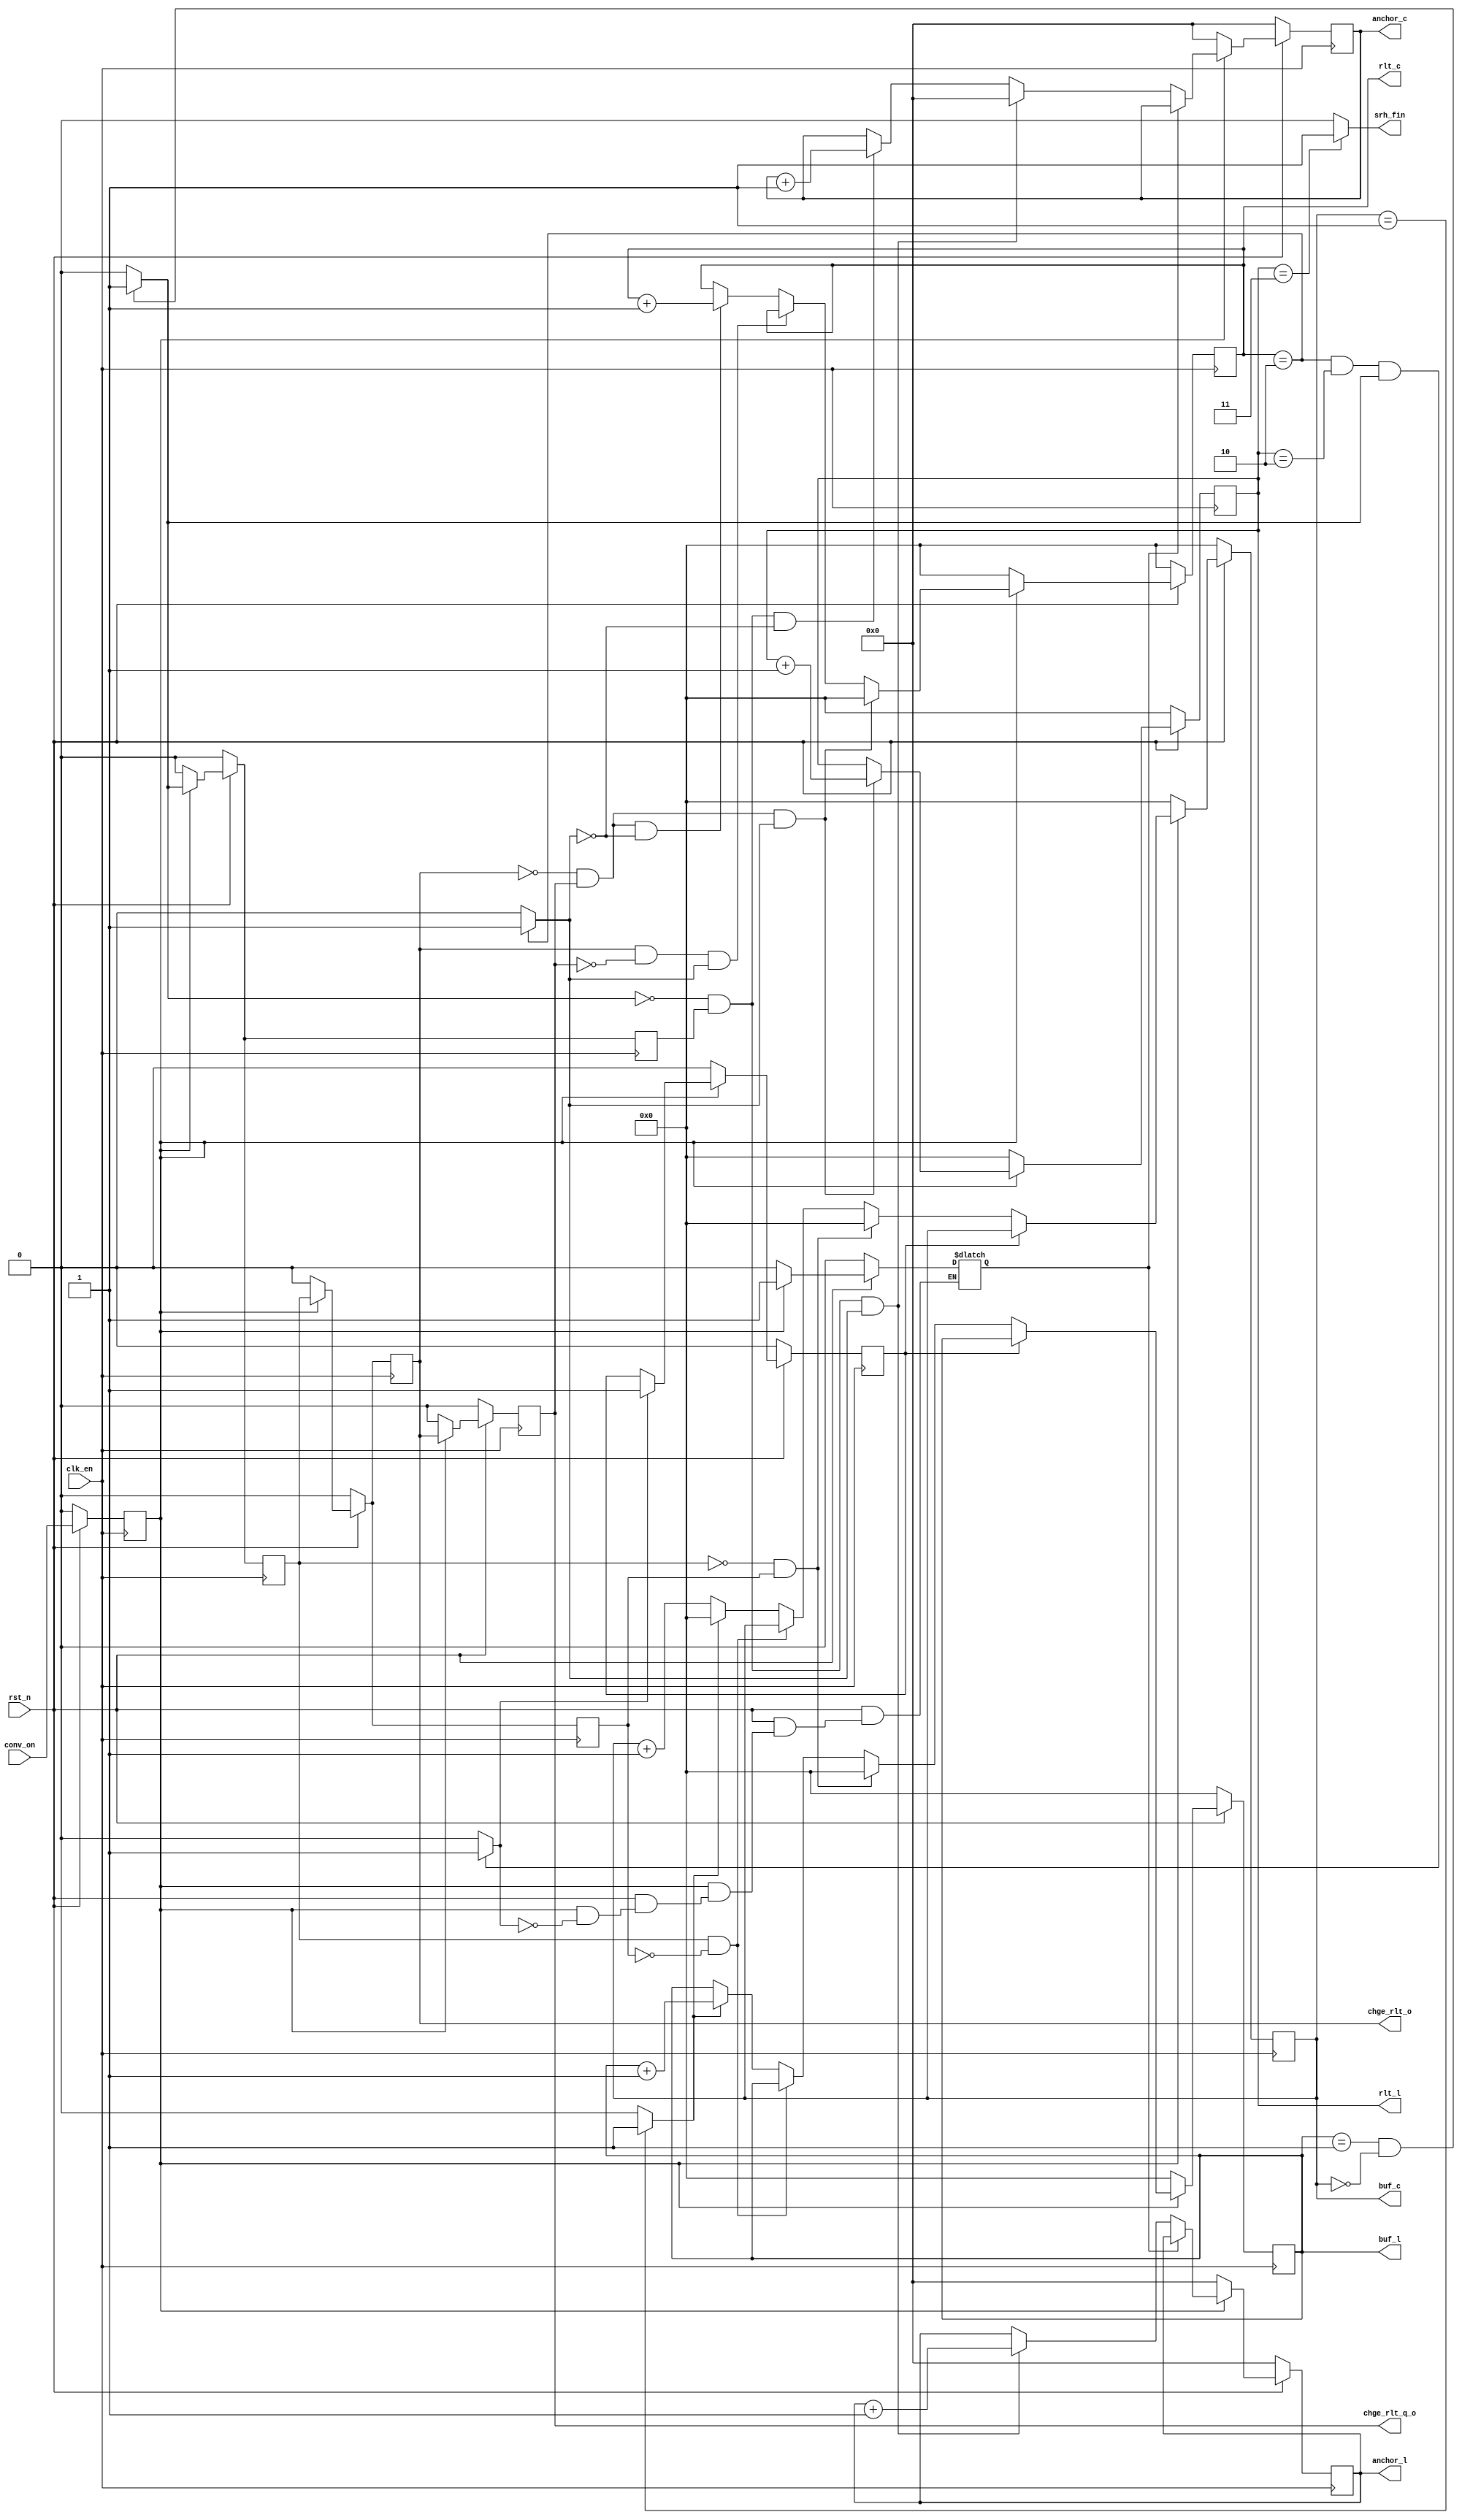
module conv_search #(
    parameter weight_width = 2,         
    parameter weight_height = 2,        

    parameter img_width = 4,            
    parameter img_height = 4,          
    
    parameter padding_enable = 0,      
    parameter padding = 0,              

    parameter stride = 1,               
    parameter bitwidth = 3,            
    parameter result_width = (img_width-weight_width+2*padding)/stride+1,      
    parameter result_height = (img_height-weight_height+2*padding)/stride+1,     
    parameter expand = 1        
) (
    input clk_en,            
    input rst_n,            
    input conv_on,           

    output [31:0] anchor_l,
    output [31:0] anchor_c,

    output [3:0]  buf_l,
    output [3:0]  buf_c,
    
    output [3:0] rlt_l,
    output [3:0] rlt_c,

    output chge_rlt_o,
    output chge_rlt_q_o,
    output srh_fin
);

//Delay a clock
reg conv_on_q;
always@(posedge clk_en)begin
    if(!rst_n)begin
        conv_on_q<=0;
    end
    else begin
        conv_on_q<=conv_on;
    end
end

//at the last of the searching, we need some signal to keep the addr
reg rkeep_buf;
reg rkeep_srh;
wire keep_buf;
wire keep_srh;

//the signal of changing addr
wire chge_buf;
wire chge_srh;
wire chge_rlt;
reg rchge_srh;
reg rchge_rlt;
assign chge_srh=rchge_srh;
assign chge_rlt=rchge_rlt;
always@(posedge clk_en)begin
    if(!rst_n)begin
        rchge_srh<=0;
        rchge_rlt<=0;
    end
    else begin
        if(conv_on_q)begin
            rchge_srh<=chge_buf;
            rchge_rlt<=rchge_srh;
        end
        else begin
            rchge_srh<=0;
            rchge_rlt<=0;
        end
    end
end
//Delay a clock
wire chge_buf_q;
reg rchge_buf_q;
assign chge_buf_q=rchge_buf_q;
always@(posedge clk_en)begin
    if(!rst_n)begin
        rchge_buf_q<=0;
    end
    else begin
        if(conv_on_q)begin
            rchge_buf_q<=chge_buf;
        end
        else begin
            rchge_buf_q<=0;
        end
    end
end

wire chge_srh_q;
reg rchge_srh_q;
assign chge_srh_q=rchge_srh_q;
always@(posedge clk_en)begin
    if(!rst_n)begin
        rchge_srh_q<=0;
    end
    else begin
        if(conv_on_q)begin
            rchge_srh_q<=chge_srh;
        end
        else begin
            rchge_srh_q<=0;
        end
    end
end

wire chge_rlt_q;
reg rchge_rlt_q;
assign chge_rlt_q=rchge_rlt_q;
always@(posedge clk_en)begin
    if(!rst_n)begin
        rchge_rlt_q<=0;
    end
    else begin
        if(conv_on_q)begin
            rchge_rlt_q<=chge_rlt;
        end
        else begin
            rchge_rlt_q<=0;
        end
    end
end
assign chge_rlt_o=chge_rlt;
assign chge_rlt_q_o=chge_rlt_q;


//search the addr of the buff
reg [3:0] rbuf_l;
reg [3:0] rbuf_c;
wire chge_buf_l;
assign buf_l=rbuf_l;
assign buf_c=rbuf_c;
assign chge_buf_l=(rbuf_c==weight_width-1)?1:0;
assign chge_buf=(rbuf_l==weight_height-1)&(rbuf_c==weight_width-2)?1:0;
always @(posedge clk_en) begin
    if(!rst_n)begin
        rbuf_l<=0;
        rbuf_c<=0;
    end
    else begin
        if(conv_on_q)begin
            if(keep_srh)begin
                rbuf_l<=rbuf_l;
                rbuf_c<=rbuf_c;
            end
            else begin
                if(~chge_srh&chge_srh_q)begin
                    rbuf_l<=0;
                    rbuf_c<=0;
                end
                else if(chge_srh&~chge_srh_q)begin
                    rbuf_l<=rbuf_l;
                    rbuf_c<=rbuf_c;
                end
                else begin
                    if(chge_buf_l)begin
                        rbuf_l<=rbuf_l+1;
                        rbuf_c<=0;
                    end
                    else begin
                        rbuf_l<=rbuf_l;
                        rbuf_c<=rbuf_c+1;
                    end
                end
            end
        end
        else begin
            rbuf_l<=0;
            rbuf_c<=0;
        end
    end
end

//search the addr of the result arrays
reg [3:0] rrlt_l;
reg [3:0] rrlt_c;
wire chge_rlt_l;
wire keep;
assign rlt_l=rrlt_l;
assign rlt_c=rrlt_c;
assign chge_rlt_l=(rrlt_c==result_width-1)?1:0;
assign keep=(rrlt_c==result_width-1)&(rrlt_l==result_height-1)&chge_buf?1:0;
assign srh_fin=(rrlt_l==result_height)?1:0;
always @(posedge clk_en) begin
    if(!rst_n)begin
       rrlt_l<=0;
       rrlt_c<=0; 
    end
    else begin
        if(conv_on_q)begin
            if(~chge_rlt&chge_rlt_q&chge_rlt_l)begin
                    rrlt_l<=rrlt_l+1;
                    rrlt_c<=0;
            end
            else if(chge_rlt&~chge_rlt_q&chge_rlt_l)begin
                    rrlt_l<=rrlt_l;
                    rrlt_c<=rrlt_c;
            end
            else if(~chge_rlt&chge_rlt_q&!chge_rlt_l)begin
                    rrlt_l<=rrlt_l;
                    rrlt_c<=rrlt_c+1;
            end
            else begin
                    rrlt_l<=rrlt_l;
                    rrlt_c<=rrlt_c;
            end
        end
        else begin
            rrlt_l<=0;
            rrlt_c<=0;
        end
    end
end

//search the addr of the top left point
reg [31:0] ranchor_l;
reg [31:0] ranchor_c;
assign anchor_l=ranchor_l;
assign anchor_c=ranchor_c;
always@(posedge clk_en)begin
    if(!rst_n)begin
        ranchor_l<=0;
        ranchor_c<=0;
    end
    else begin
        if(conv_on_q)begin
            if(keep_buf)begin
                ranchor_l<=ranchor_l;
                ranchor_c<=ranchor_c;
            end
            else begin
                if(~chge_buf&chge_buf_q&chge_rlt_l)begin
                    ranchor_l<=ranchor_l+stride;
                    ranchor_c<=0;
                end
                else if(~chge_buf&chge_buf_q&!chge_rlt_l)begin
                    ranchor_l<=ranchor_l;
                    ranchor_c<=ranchor_c+stride;
                end
                else if(chge_buf&~chge_buf_q&!chge_rlt_l)begin
                    ranchor_l<=ranchor_l;
                    ranchor_c<=ranchor_c;
                end
                else begin
                    ranchor_l<=ranchor_l;
                    ranchor_c<=ranchor_c;
                end
            end
        end
        else begin
            ranchor_l<=0;
            ranchor_c<=0;
        end
    end
end

//effective immediately
assign keep_buf=rkeep_buf;
always@(*)begin
    if(!rst_n)begin
        rkeep_buf=0;
    end
    else begin
        if(conv_on_q)begin
            if(keep)begin
                rkeep_buf=1;
            end
            else begin
                rkeep_buf=rkeep_buf;
            end
        end
        else begin
            rkeep_buf=0;
        end
    end
end
//effective after a clock
assign keep_srh=rkeep_srh;
always@(posedge clk_en)begin
    if(!rst_n)begin
        rkeep_srh<=0;
    end
    else begin
        if(conv_on_q)begin
            if(keep)begin
                rkeep_srh<=1;
            end
            else begin
                rkeep_srh<=rkeep_srh;
            end
        end
        else begin
            rkeep_srh<=0;
        end
    end
end
endmodule